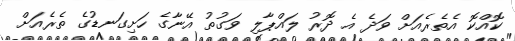
ކޮއްކޮ އެތެރެއަށް ވަދެ އެ ދޮރު ލައްޕާލި ވަގުތު އޭނާގެ ހަށިގަނޑުގެ ތެރެއަށް